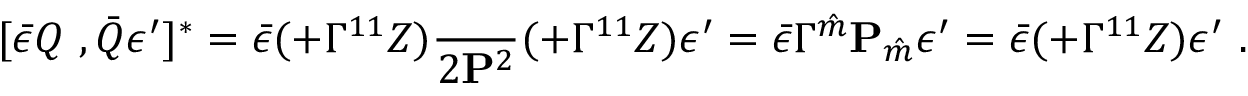
[ \bar { \epsilon } Q \ , \bar { Q } \epsilon ^ { \prime } ] ^ { * } = \bar { \epsilon } ( \sl + \Gamma ^ { 1 1 } Z ) { \frac { \sl } { 2 { \bf P } ^ { 2 } } } ( \sl + \Gamma ^ { 1 1 } Z ) \epsilon ^ { \prime } = \bar { \epsilon } \Gamma ^ { \hat { m } } { \bf P } _ { \hat { m } } \epsilon ^ { \prime } = \bar { \epsilon } ( \sl + \Gamma ^ { 1 1 } Z ) \epsilon ^ { \prime } \ .